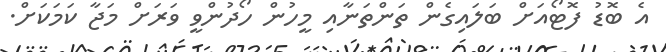
އެ ބޮޑު ފޮޓޯއަށް ބަލައިގެން ތަންތަނާއި މީހުން ހޯދުންވީ ވަރަށް މަޖާ ކަމަކަށް.